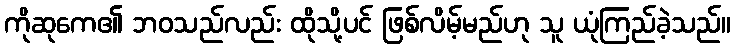
ကိုဆုကေ၏ ဘဝသည်လည်း ထိုသို့ပင် ဖြစ်လိမ့်မည်ဟု သူ ယုံကြည်ခဲ့သည်။